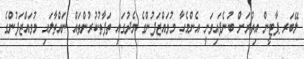
ލޭބަރ ޕާޓީން އިތުރަށް ބުނެފައިވަނީ އެންމެހާ މުވައްޒަފުންގެ މެދުގައި ތަފާތުކުރުންތައް ނައްތާލައި މުވައްޒަފުންގެ